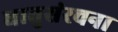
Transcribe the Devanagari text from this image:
धातुसंरचना